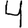
Digit: 4